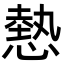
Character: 𢟯